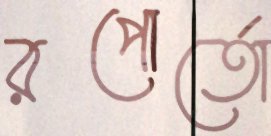
রপোর্তো